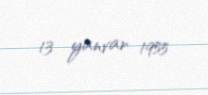
13 yanvar 1955